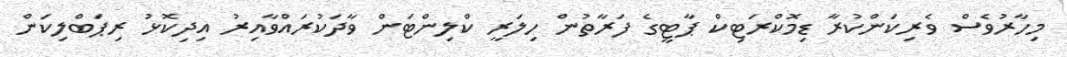
މިހާރުވެސް ވެރިކަންކުރާ ޑިމޮކްރަޓިކް ޕާޓީގެ ފަރާތުން ހިލަރީ ކްލިންޓަން ވާދަކުރައްވާއިރު އިދިކޮޅު ރިޕަބްލިކަން